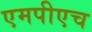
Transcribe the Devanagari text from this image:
एमपीएच